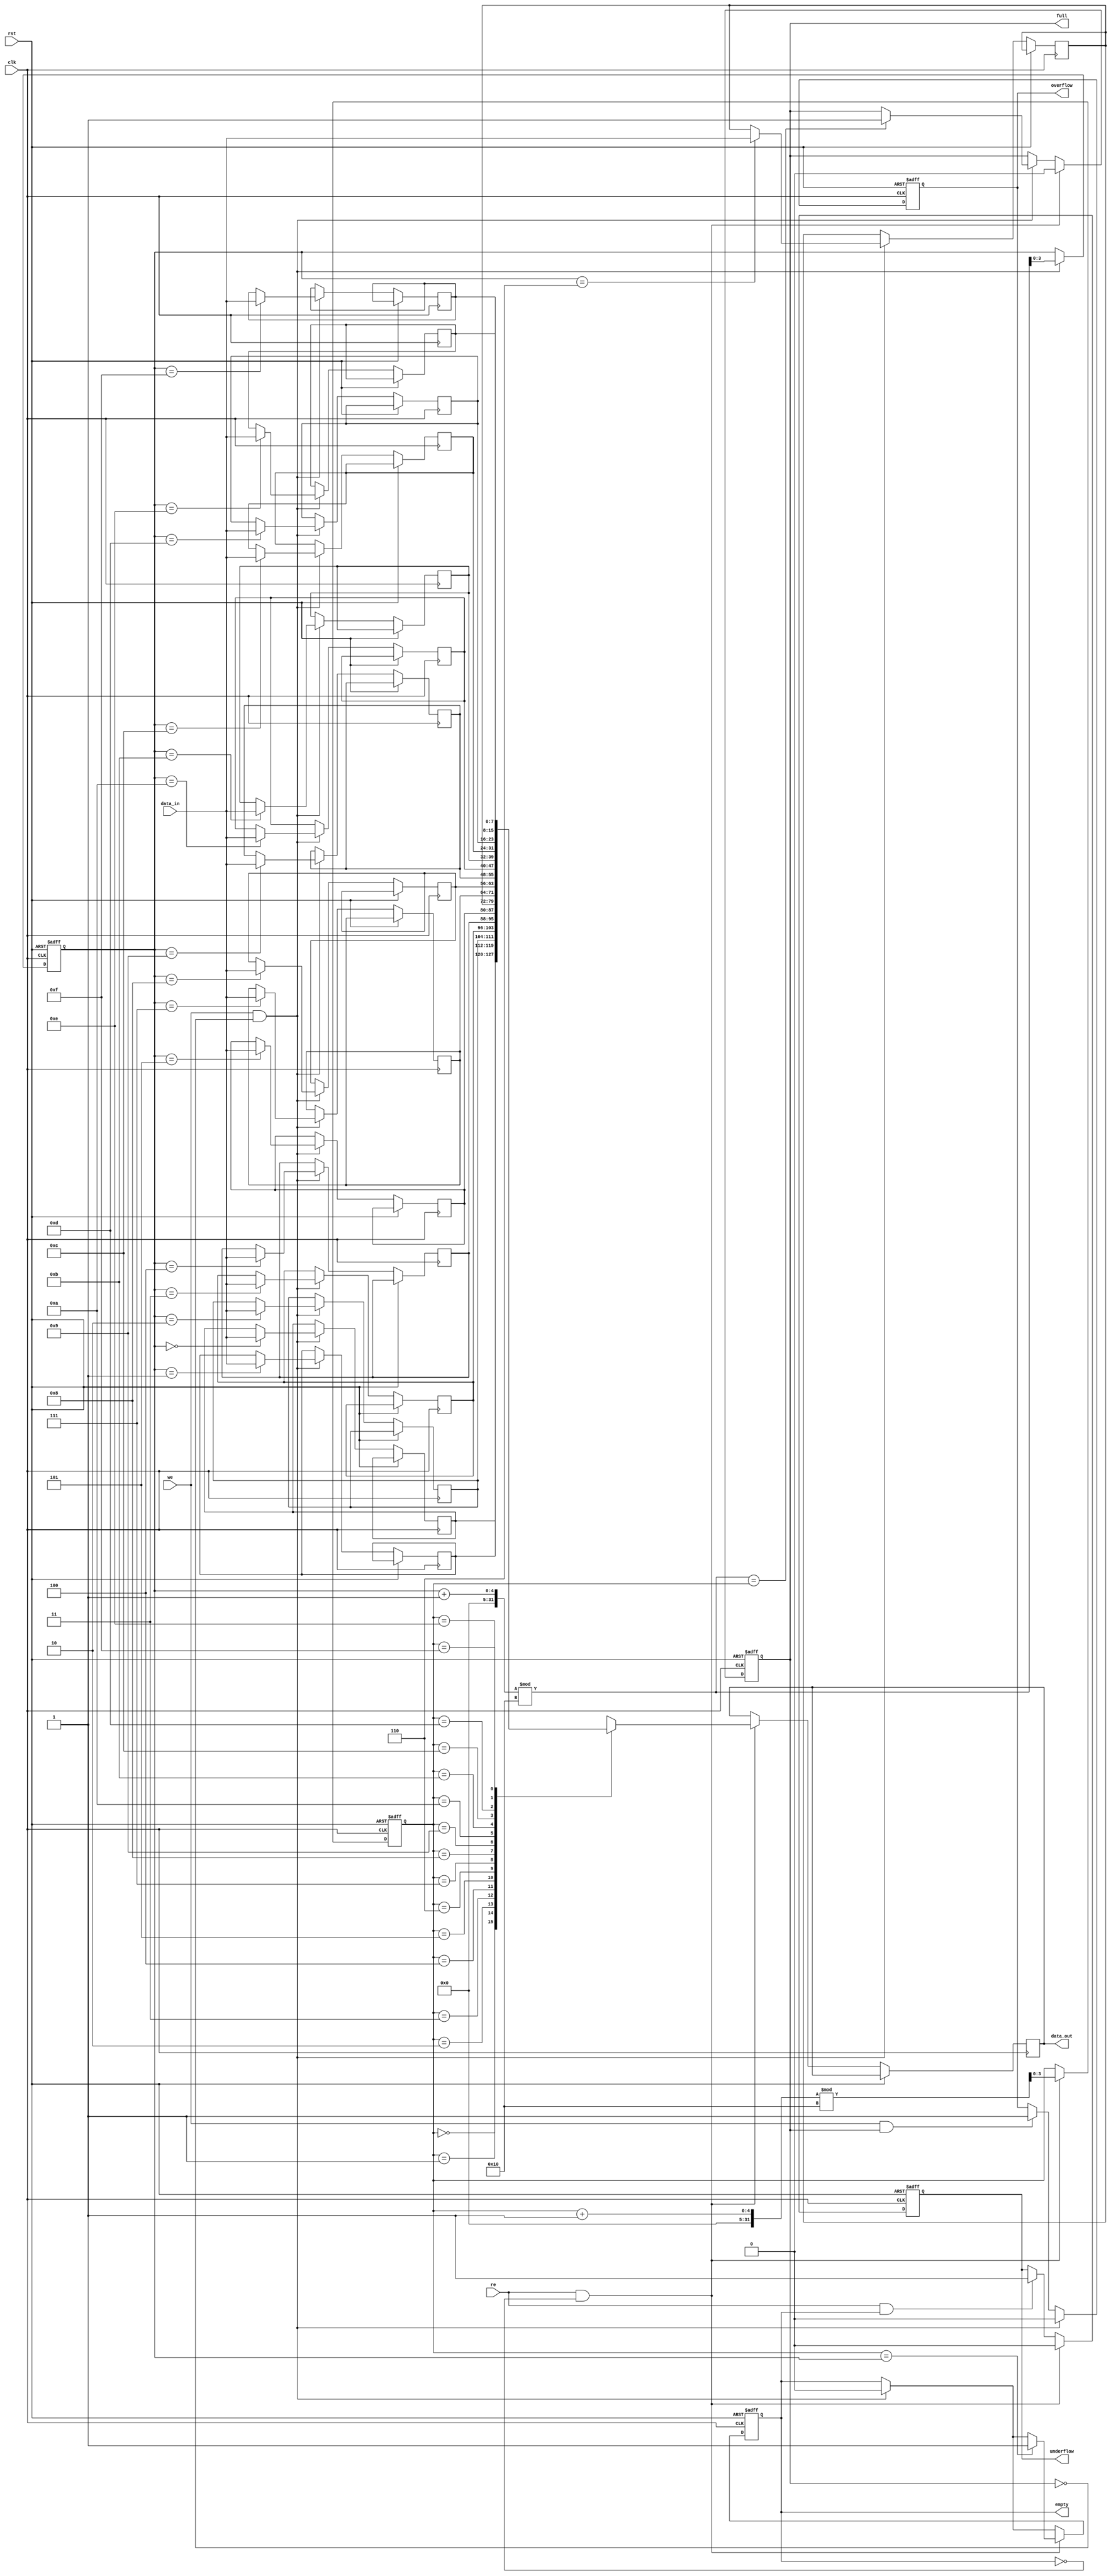
module fifo_sram #(
    parameter DATA_WIDTH = 8,  // Width of each data entry
    parameter FIFO_DEPTH = 16   // Number of entries in the FIFO
)(
    input wire clk,             // Clock signal
    input wire rst,             // Reset signal
    input wire we,              // Write enable
    input wire re,              // Read enable
    input wire [DATA_WIDTH-1:0] data_in, // Data input
    output reg [DATA_WIDTH-1:0] data_out, // Data output
    output reg full,            // FIFO full indicator
    output reg empty,           // FIFO empty indicator
    output reg overflow,        // Overflow indicator
    output reg underflow        // Underflow indicator
);

    // Memory array
    reg [DATA_WIDTH-1:0] fifo_mem [0:FIFO_DEPTH-1];
    
    // Pointers for head and tail
    reg [clog2(FIFO_DEPTH)-1:0] head;
    reg [clog2(FIFO_DEPTH)-1:0] tail;

    // Function to calculate log2
    function integer clog2;
        input integer value;
        begin
            value = value - 1;
            for (clog2 = 0; value > 0; clog2 = clog2 + 1)
                value = value >> 1;
        end
    endfunction

    // Synchronous reset and operation
    always @(posedge clk or posedge rst) begin
        if (rst) begin
            head <= 0;
            tail <= 0;
            full <= 0;
            empty <= 1;
            overflow <= 0;
            underflow <= 0;
        end else begin
            // Write operation
            if (we && !full) begin
                fifo_mem[tail] <= data_in;
                tail <= (tail + 1) % FIFO_DEPTH;
                empty <= 0;
                if ((tail + 1) % FIFO_DEPTH == head) begin
                    full <= 1;
                end
                overflow <= 0; // Reset overflow flag
            end else if (we && full) begin
                overflow <= 1; // Set overflow flag
            end

            // Read operation
            if (re && !empty) begin
                data_out <= fifo_mem[head];
                head <= (head + 1) % FIFO_DEPTH;
                full <= 0;
                if (head == tail) begin
                    empty <= 1;
                end
                underflow <= 0; // Reset underflow flag
            end else if (re && empty) begin
                underflow <= 1; // Set underflow flag
            end
        end
    end
endmodule